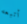
أتبعه